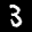
Label: 3